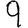
Digit: 9